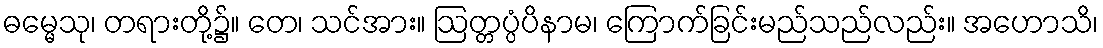
ဓမ္မေသု၊ တရားတို့၌။ တေ၊ သင်အား။ ဩတ္တပ္ပံပိနာမ၊ ကြောက်ခြင်းမည်သည်လည်း။ အဟောသိ၊